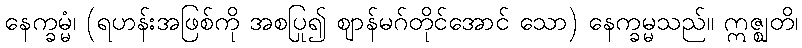
နေက္ခမ္မံ၊ (ရဟန်းအဖြစ်ကို အစပြု၍ ဈာန်မဂ်တိုင်အောင် သော) နေက္ခမ္မသည်။ ဣဇ္ဈတိ၊